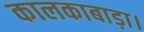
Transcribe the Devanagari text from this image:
कालकाबाड़ा।